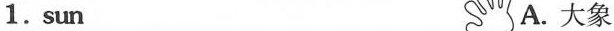
1.sun A.大象